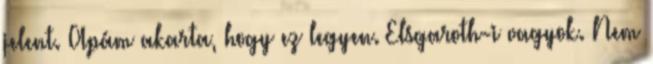
jelent. Apám akarta, hogy ez legyen. Elsgaroth-i vagyok. Nem